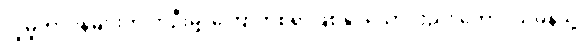
လူမှုတာဝန်များကို တဦးမျှ ကြောက်စရာဖြစ်နိုင်သော်လည်း တောင်သမန်သို့